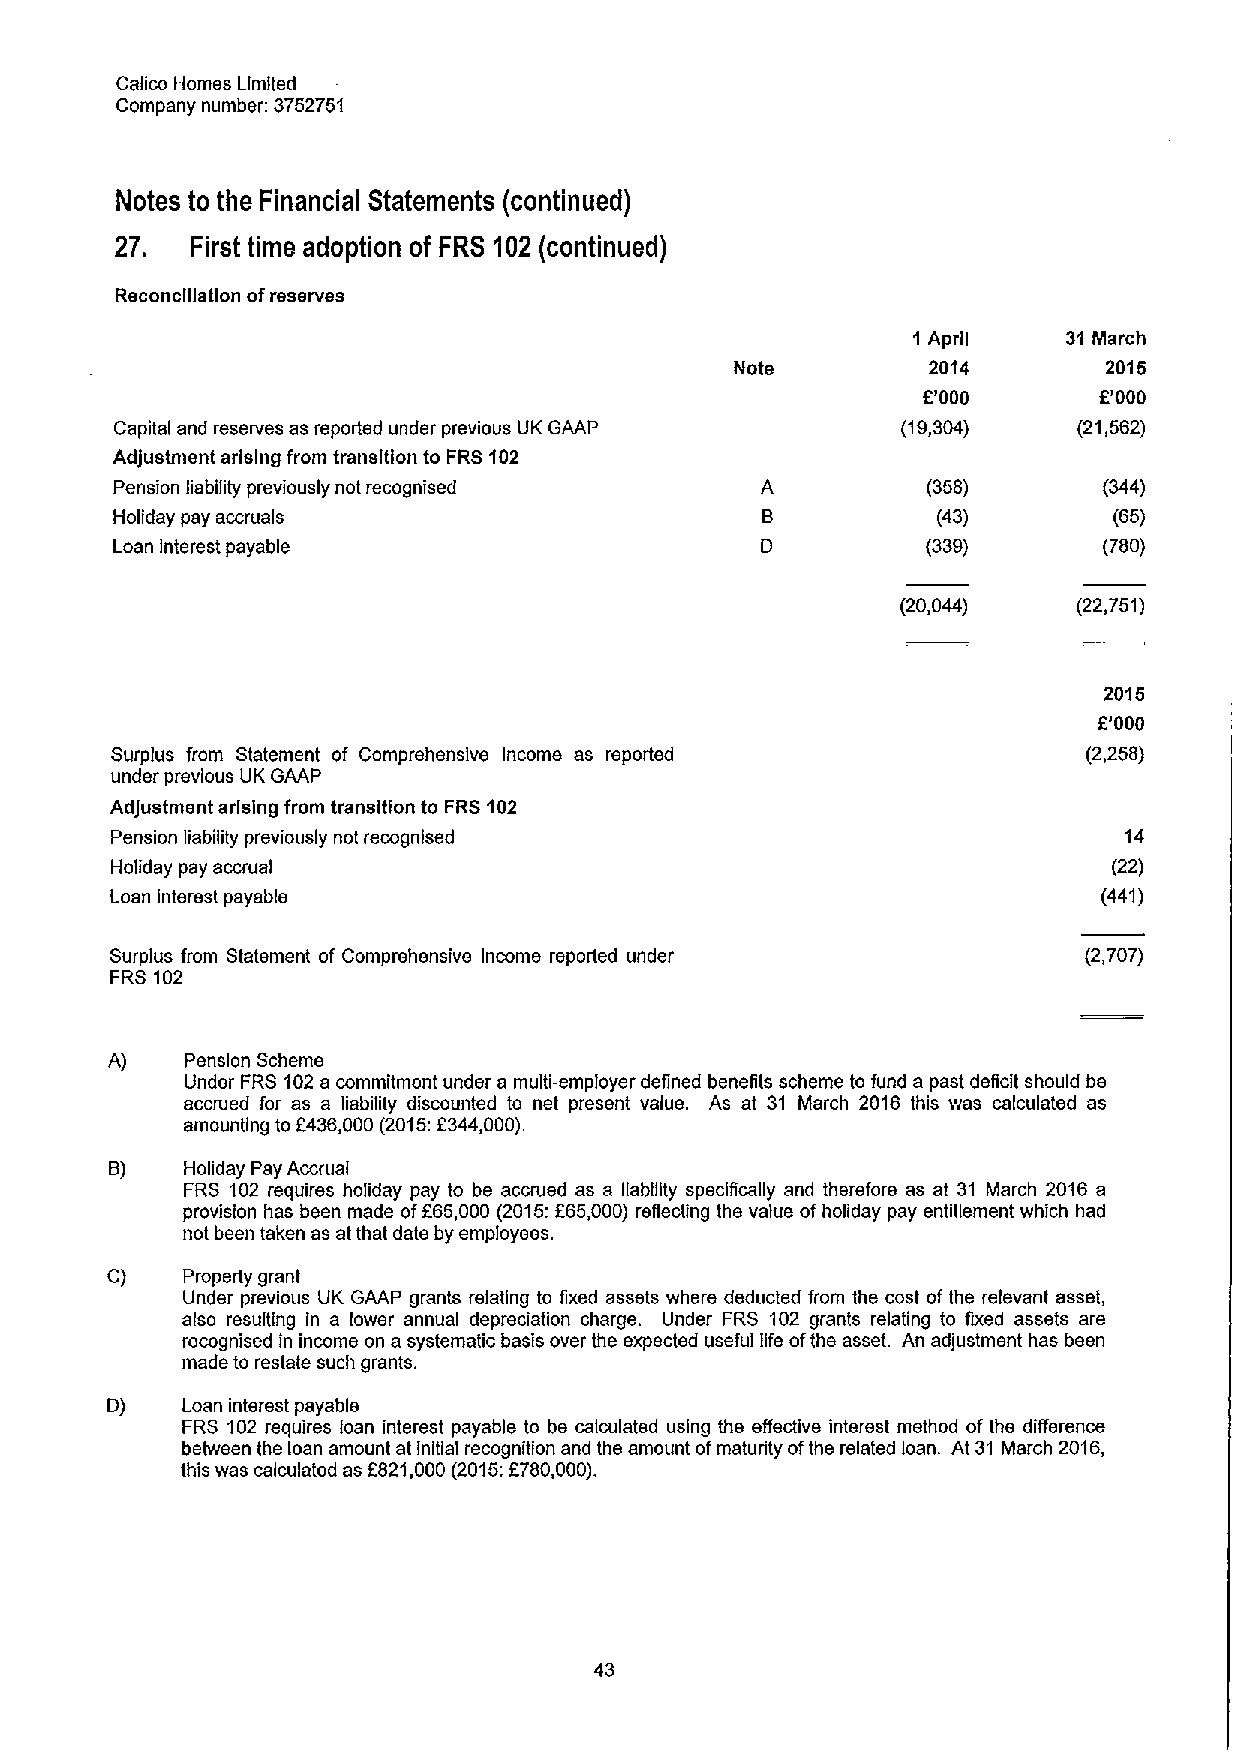
Calico Homes Limited
 Company number; 3752751
 Notes to the Financial Statements (continued)
 27.  First time adoption of FRS 102 (continued)
 Reconciliation ofreserves
 1April     31 March
 Note        2014        2016
 F'000       6'000
 Capital and reserves as reported under previous UK GAAP (19,304) (21,562)
 Adjustment arising from transition to FRS 102
 Pension liability previously not recognised A         (358)       (344)
 Holiday pay accruals                       B           (43)        (65)
 Loan Interest payable                      D          (339)       (780)
 (20,044)   (22,751)
 2015
 6'000
 Surplus from Statement of Comprehensive Income as reported       (2,258)
 under previous UK GAAP
 Adjustment arising from transition to FRS102
 Pension liability previously not recognised                        14
 Holiday pay accrual                                                (22)
 Loan interest payable                                             (441)
 Surplus from Statement of Comprehensive Income reported under    (2,707)
 FRS 102
 A)   Pension Scheme
 Under FRS 102a commitment under a mufti-employer defined benefits scheme to fund a past deficit should be
 accrued for as a liability discounted to net present value. As at 31 March 2016 this was calculated as
 amounting to F436,000(2015:2344,000).
 B)   Holiday Pay Accrual
 FRS 102 requires holiday pay to be accrued as a fiablfity specifically and therefore as at 31 March 2016 a
 provision has been made off65,000 (2015:665,000) reflecting the value ofholiday pay entitlement which had
 not been taken as at that date by employees.
 C)   Property grant
 Under previous UK GAAP grants relating to fixed assets where deducted from the cost of the relevant asset,
 also resulting in a lower annual depreciation charge. Under FRS 102 grants relating to fixed assets ars
 recognised in income on a systematic basis over the expected useful fifs ofthe asset. An adjustment has been
 made to restate such grants.
 D)   Loan interest payable
 FRS 102 requires loan interest payable to be calculated using ths effective interest method of ths difference
 between the loan amount at Initial recognition and the amount ofmaturity ofthe related loan. At 31 March 2016,
 this was calculated as 5821,000(2015:F780,000).
 43